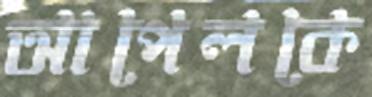
আপেলকে